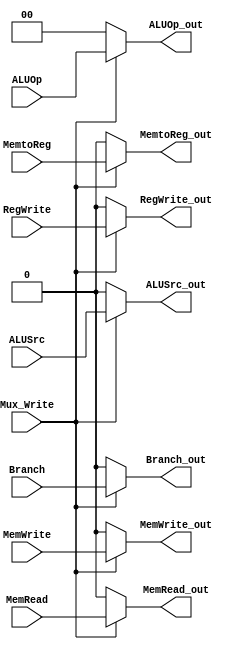
`timescale 1ns / 1ps
//////////////////////////////////////////////////////////////////////////////////
// Company: 
// Engineer: 
// 
// Design Name: 
// Module Name: CU_mux
// Project Name: 
// Target Devices: 
// Tool Versions: 
// Description: 
// 
// Dependencies: 
// 
// Revision:
// Revision 0.01 - File Created
// Additional Comments:
// 
//////////////////////////////////////////////////////////////////////////////////


module CU_mux(Mux_Write, Branch, MemRead, MemtoReg, MemWrite, ALUSrc, RegWrite, ALUOp, Branch_out, MemRead_out, MemtoReg_out, MemWrite_out, ALUSrc_out, RegWrite_out, ALUOp_out);
  
  input Mux_Write;
  input Branch;
  input MemRead;
  input MemtoReg;
  input MemWrite;
  input ALUSrc;
  input RegWrite;
  input [1:0] ALUOp;

  output reg Branch_out;
  output reg MemRead_out;
  output reg MemtoReg_out; 
  output reg MemWrite_out;
  output reg ALUSrc_out;
  output reg RegWrite_out;
  output reg [1:0] ALUOp_out;
  
  always@(*)
    begin
      if (~Mux_Write)
        begin
          Branch_out=0;
          MemRead_out=0;
          MemtoReg_out=0;
          MemWrite_out=0;
          ALUSrc_out=0;
          RegWrite_out=0;
          ALUOp_out=0;
        end
      else
        begin
          Branch_out=Branch;
          MemRead_out=MemRead;
          MemtoReg_out=MemtoReg;
          MemWrite_out=MemWrite;
          ALUSrc_out=ALUSrc;
          RegWrite_out=RegWrite;
          ALUOp_out=ALUOp;
        end
    end
endmodule